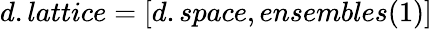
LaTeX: d.lattice=[d.space,ensembles(1)]